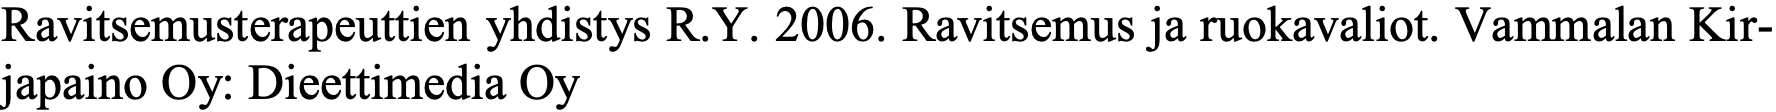
Ravitsemusterapeuttien yhdistys R.Y. 2006. Ravitsemus ja ruokavaliot. Vammalan Kir- japaino Oy: Dieettimedia Oy